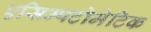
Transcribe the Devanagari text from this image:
एसिम्पटोमेटिक